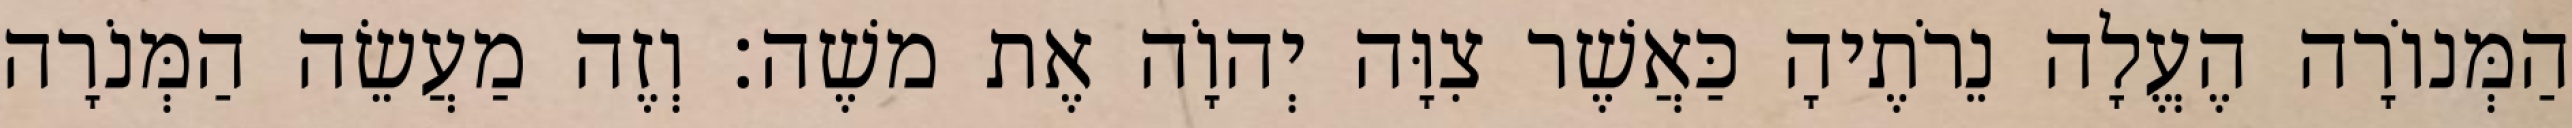
הַמְּנוֹרָה הֶעֱלָה נֵרֹתֶיהָ כַּאֲשֶׁר צִוָּה יְהוָֹה אֶת משֶׁה׃ וְזֶה מַעֲשֵׂה הַמְּנֹרָה